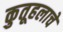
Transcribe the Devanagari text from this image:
कुतूहलाचे